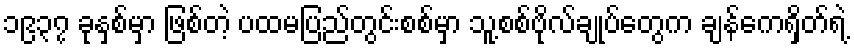
၁၉၃၇ ခုနှစ်မှာ ဖြစ်တဲ့ ပထမပြည်တွင်းစစ်မှာ သူ့စစ်ဗိုလ်ချုပ်တွေက ချန်ကေရှိတ်ရဲ့